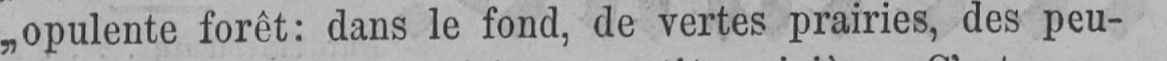
„opulente forêt: dans le fond, de vertes prairies, des peu-